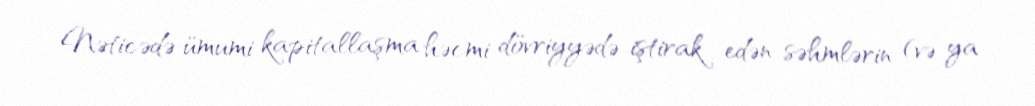
Nəticədə ümumi kapitallaşma həcmi dövriyyədə iştirak edən səhmlərin (və ya